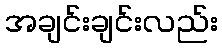
အချင်းချင်းလည်း